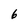
Character: 6